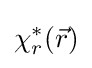
\chi _{r}^{\ast }({\vec {r}})